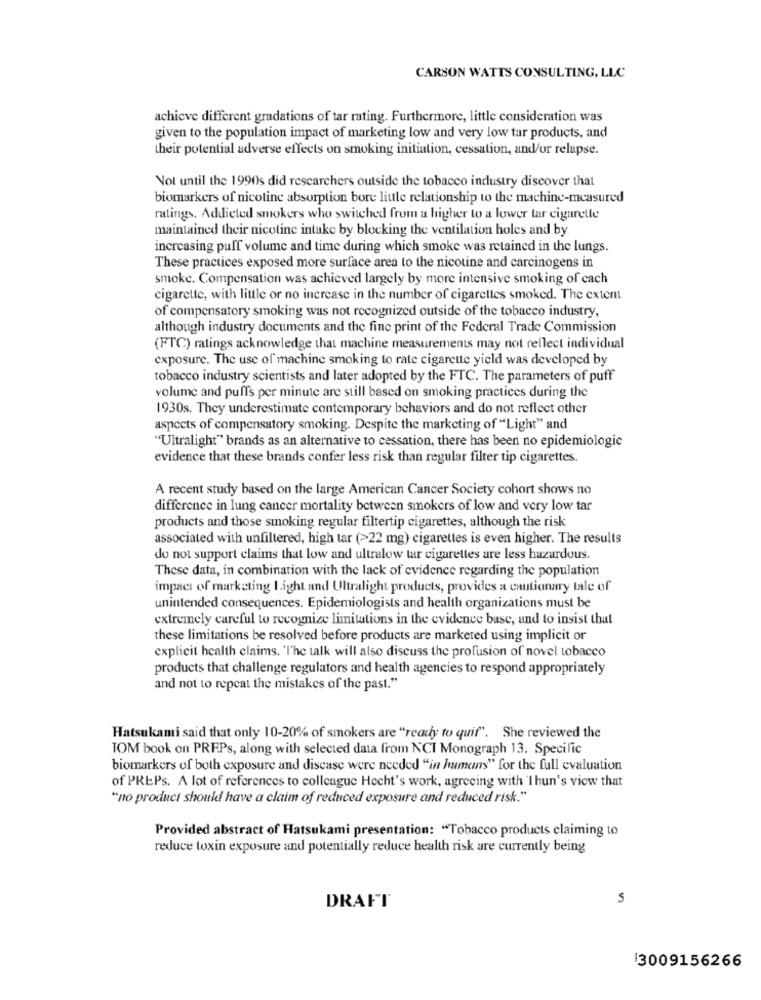
CARSON WATTS CONSULTING, LLC
achieve different gradations of tar rating. Furthermore, little consideration was
given to the population impact of marketing low and very low tar products, and
their potential adverse effects on smoking initiation, cessation, and/or relapse.
Not until the 1990s did researchers outside the tobacco industry discover that
biomarkers of nicotine absorption bore little relationship to the machine-measured
ratings. Addicted smokers who switched from a higher to a lower tar cigarelle
maintained their nicotine intake by blocking the ventilation holes and by
increasing puff volume and time during which smoke was retained in the lungs.
These practices exposed more surface area to the nicotine and carcinogens in
smoke. Compensation was achieved largely by more intensive smoking of cach
cigarette, with little or no increase in the number of cigarettes smoked. The extent
of compensatory smoking was not recognized outside of the tobacco industry,
although industry documents and the fine print of the Federal Trade Commission
(FTC) ratings acknowledge that machine measurements may not reflect individual
exposure. The use of machine smoking to rate cigarette yield was developed by
tobacco industry scientists and later adopted by the FTC. The parameters of puff
volume and puffs per minute are still based on smoking practices during the
1930s. They underestimate contemporary behaviors and do not reflect other
aspects of compensatory smoking. Despite the marketing of "Light" and
"Ultralight" brands as an alternative to cessation, there has been no epidemiologic
evidence that these brands confer less risk than regular filter tip cigarettes.
A recent study based on the large American Cancer Society cohort shows no
difference in lung cancer mortality between smokers of low and very low tar
products and those smoking regular filtertip cigarettes, although the risk
associated with unfiltered, high tar (>22 mg) cigarettes is even higher. The results
do not support claims that low and ultralow tar cigarettes are less hazardous.
These data, in combination with the lack of evidence regarding the population
impact of marketing Light and Ultralight products, provides a cautionary tale of
unintended consequences. Epidemiologists and health organizations must be
extremely careful to recognize limitations in the evidence buse, and to insist that
these limitations be resolved before products are marketed using implicit or
explicit health claims, 'The talk will also discuss the profusion of novel tobacco
products that challenge regulators and health agencies to respond appropriately
and not to repeat the mistakes of the past."
Hatsukami said that only 10-20% of smokers are "ready to quif". She reviewed the
TOM book on PRFPs, along with selected data from NCI Monograph 13. Specific
biomarkers of both exposure and disease were needed "in humans" for the full evaluation
of PREPs. A lot of references to colleague Hecht's work, agreeing with 'I hun's view that
"no product should have a claim of reduced exposure and reduced risk."
Provided abstract of Hatsukami presentation: "Tobacco products claiming to
reduce toxin exposure and potentially reduce health risk are currently being
5
DRAFT
13009156266